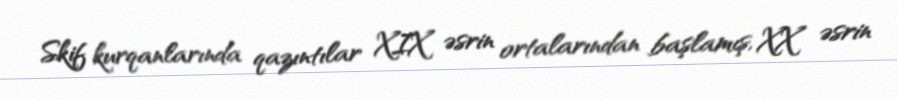
Skif kurqanlarında qazıntılar XIX əsrin ortalarından başlamış, XX əsrin